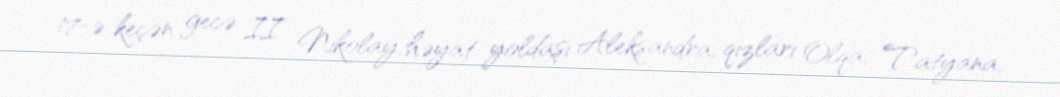
17-ə keçən gecə II Nikolay, həyat yoldaşı Aleksandra, qızları Olqa, Tatyana,